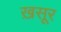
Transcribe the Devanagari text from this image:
ख़सूर